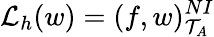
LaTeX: \mathcal{L}_{h}(w)=(f,w)_{\mathcal{T}_{A}}^{NI}